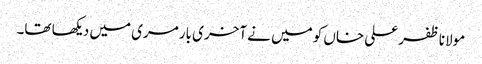
مولانا ظفر علی خاں کو میں نے آخری بار مری میں دیکھا تھا۔